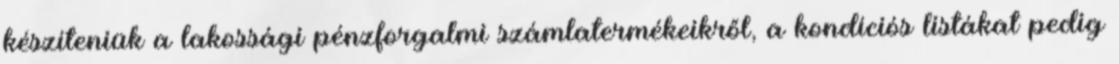
készíteniük a lakossági pénzforgalmi számlatermékeikről, a kondíciós listákat pedig